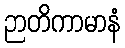
ဉာတိကာမာနံ